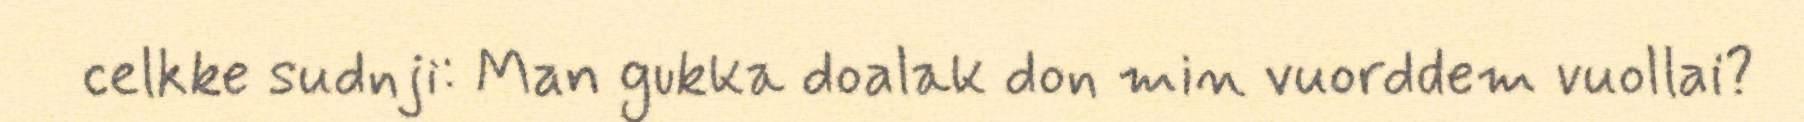
celkke sudnji: Man gukka doalak don min vuorddem vuollai?